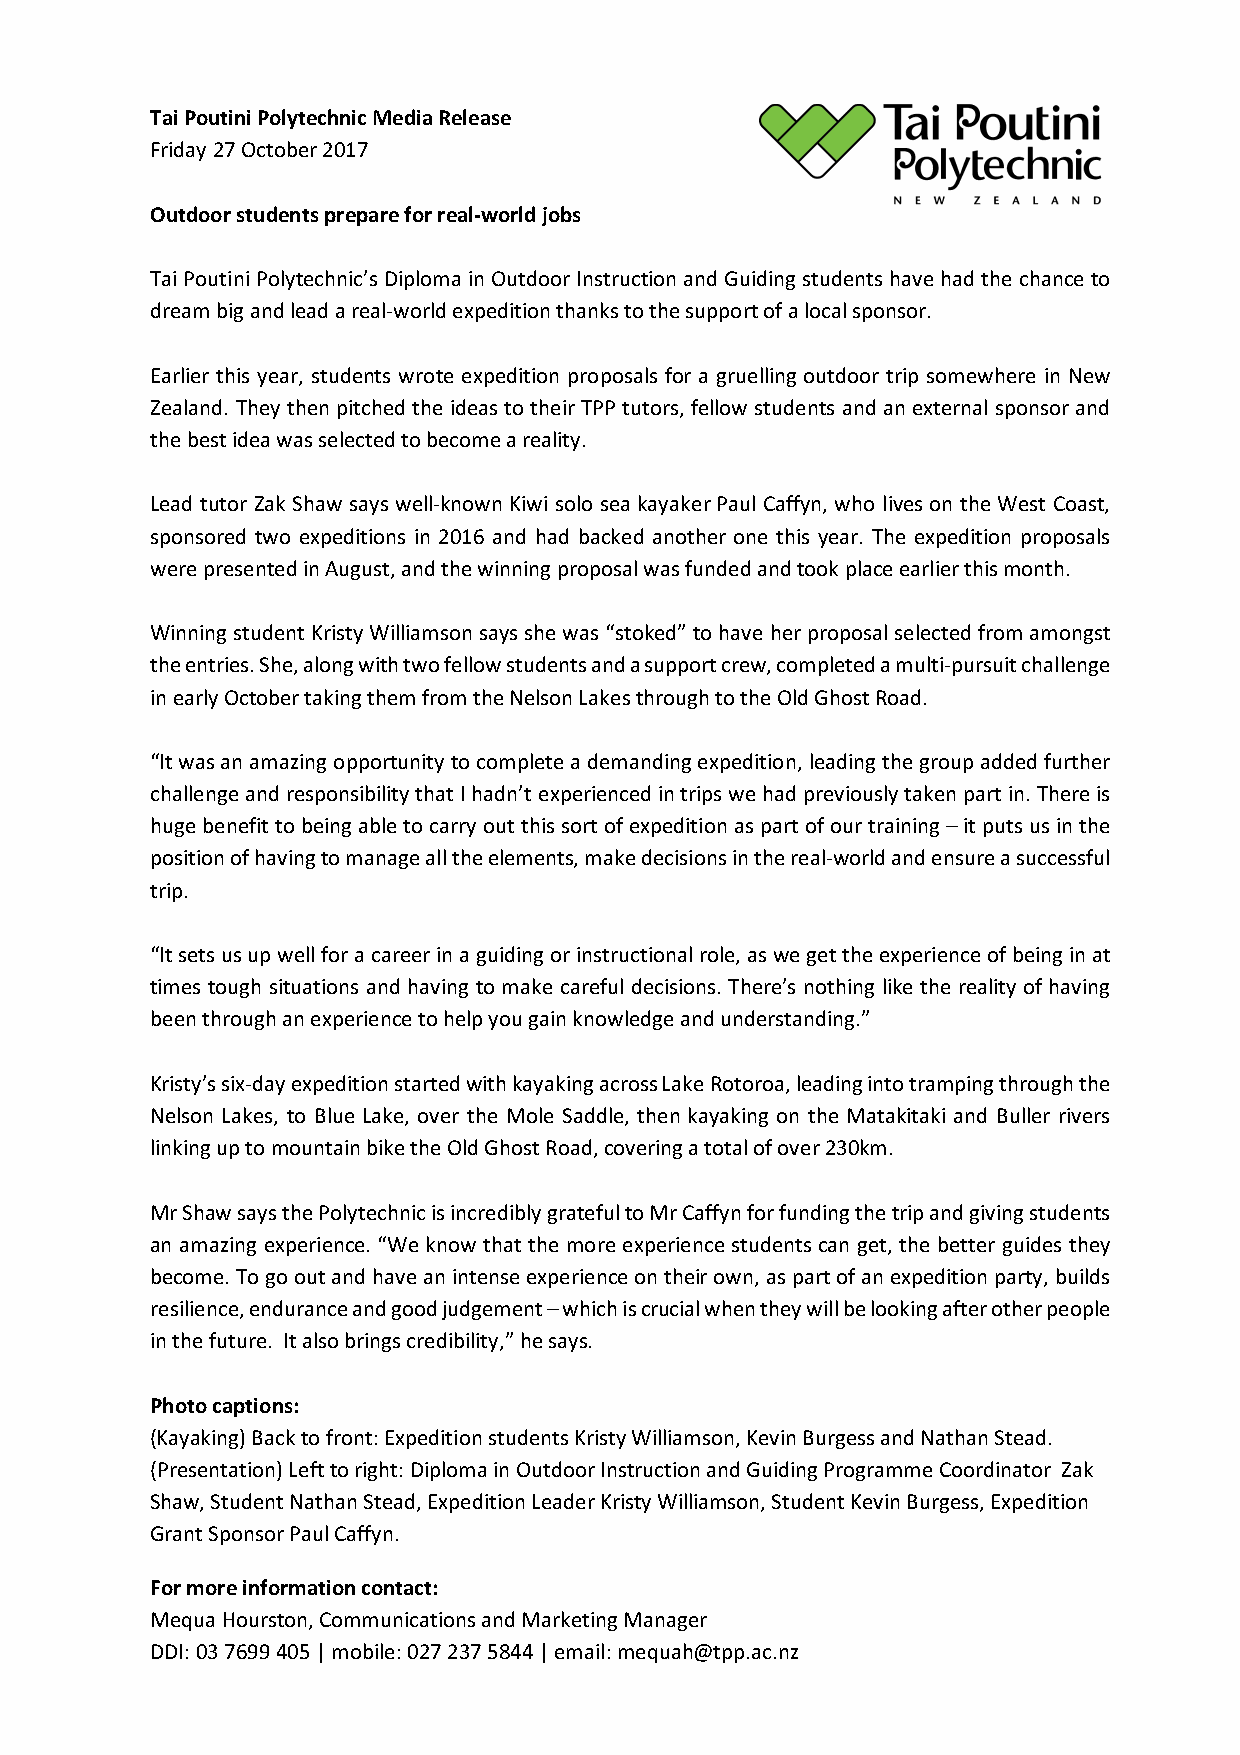
Tai Poutini Polytechnic Media Release
 Friday 27 October 2017
 Outdoor students prepare for real-world jobs
 Tai Poutini Polytechnic’s Diploma in Outdoor Instruction and Guiding students have had the chance to
 dream big and lead a real-world expedition thanks to the support of a local sponsor.
 Earlier this year, students wrote expedition proposals for a gruelling outdoor trip somewhere in New
 Zealand. They then pitched the ideas to their TPP tutors, fellow students and an external sponsor and
 the best idea was selected to become a reality.
 Lead tutor Zak Shaw says well-known Kiwi solo sea kayaker Paul Caffyn, who lives on the West Coast,
 sponsored two expeditions in 2016 and had backed another one this year. The expedition proposals
 were presented in August, and the winning proposal was funded and took place earlier this month.
 Winning student Kristy Williamson says she was “stoked” to have her proposal selected from amongst
 the entries. She, along with two fellow students and a support crew, completed a multi-pursuit challenge
 in early October taking them from the Nelson Lakes through to the Old Ghost Road.
 “It was an amazing opportunity to complete a demanding expedition, leading the group added further
 challenge and responsibility that I hadn’t experienced in trips we had previously taken part in. There is
 huge benefit to being able to carry out this sort of expedition as part of our training – it puts us in the
 position of having to manage all the elements, make decisions in the real-world and ensure a successful
 trip.
 “It sets us up well for a career in a guiding or instructional role, as we get the experience of being in at
 times tough situations and having to make careful decisions. There’s nothing like the reality of having
 been through an experience to help you gain knowledge and understanding.”
 Kristy’s six-day expedition started with kayaking across Lake Rotoroa, leading into tramping through the
 Nelson Lakes, to Blue Lake, over the Mole Saddle, then kayaking on the Matakitaki and Buller rivers
 linking up to mountain bike the Old Ghost Road, covering a total of over 230km.
 Mr Shaw says the Polytechnic is incredibly grateful to Mr Caffyn for funding the trip and giving students
 an amazing experience. “We know that the more experience students can get, the better guides they
 become. To go out and have an intense experience on their own, as part of an expedition party, builds
 resilience, endurance and good judgement – which is crucial when they will be looking after other people
 in the future. It also brings credibility,” he says.
 Photo captions:
 (Kayaking) Back to front: Expedition students Kristy Williamson, Kevin Burgess and Nathan Stead.
 (Presentation) Left to right: Diploma in Outdoor Instruction and Guiding Programme Coordinator Zak
 Shaw, Student Nathan Stead, Expedition Leader Kristy Williamson, Student Kevin Burgess, Expedition
 Grant Sponsor Paul Caffyn.
 For more information contact:
 Mequa Hourston, Communications and Marketing Manager
 DDI: 03 7699 405 | mobile: 027 237 5844 | email: mequah@tpp.ac.nz